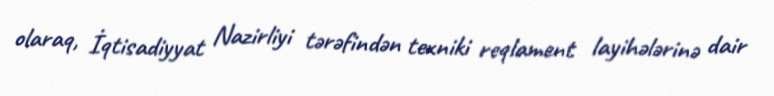
olaraq, İqtisadiyyat Nazirliyi tərəfindən texniki reqlament layihələrinə dair